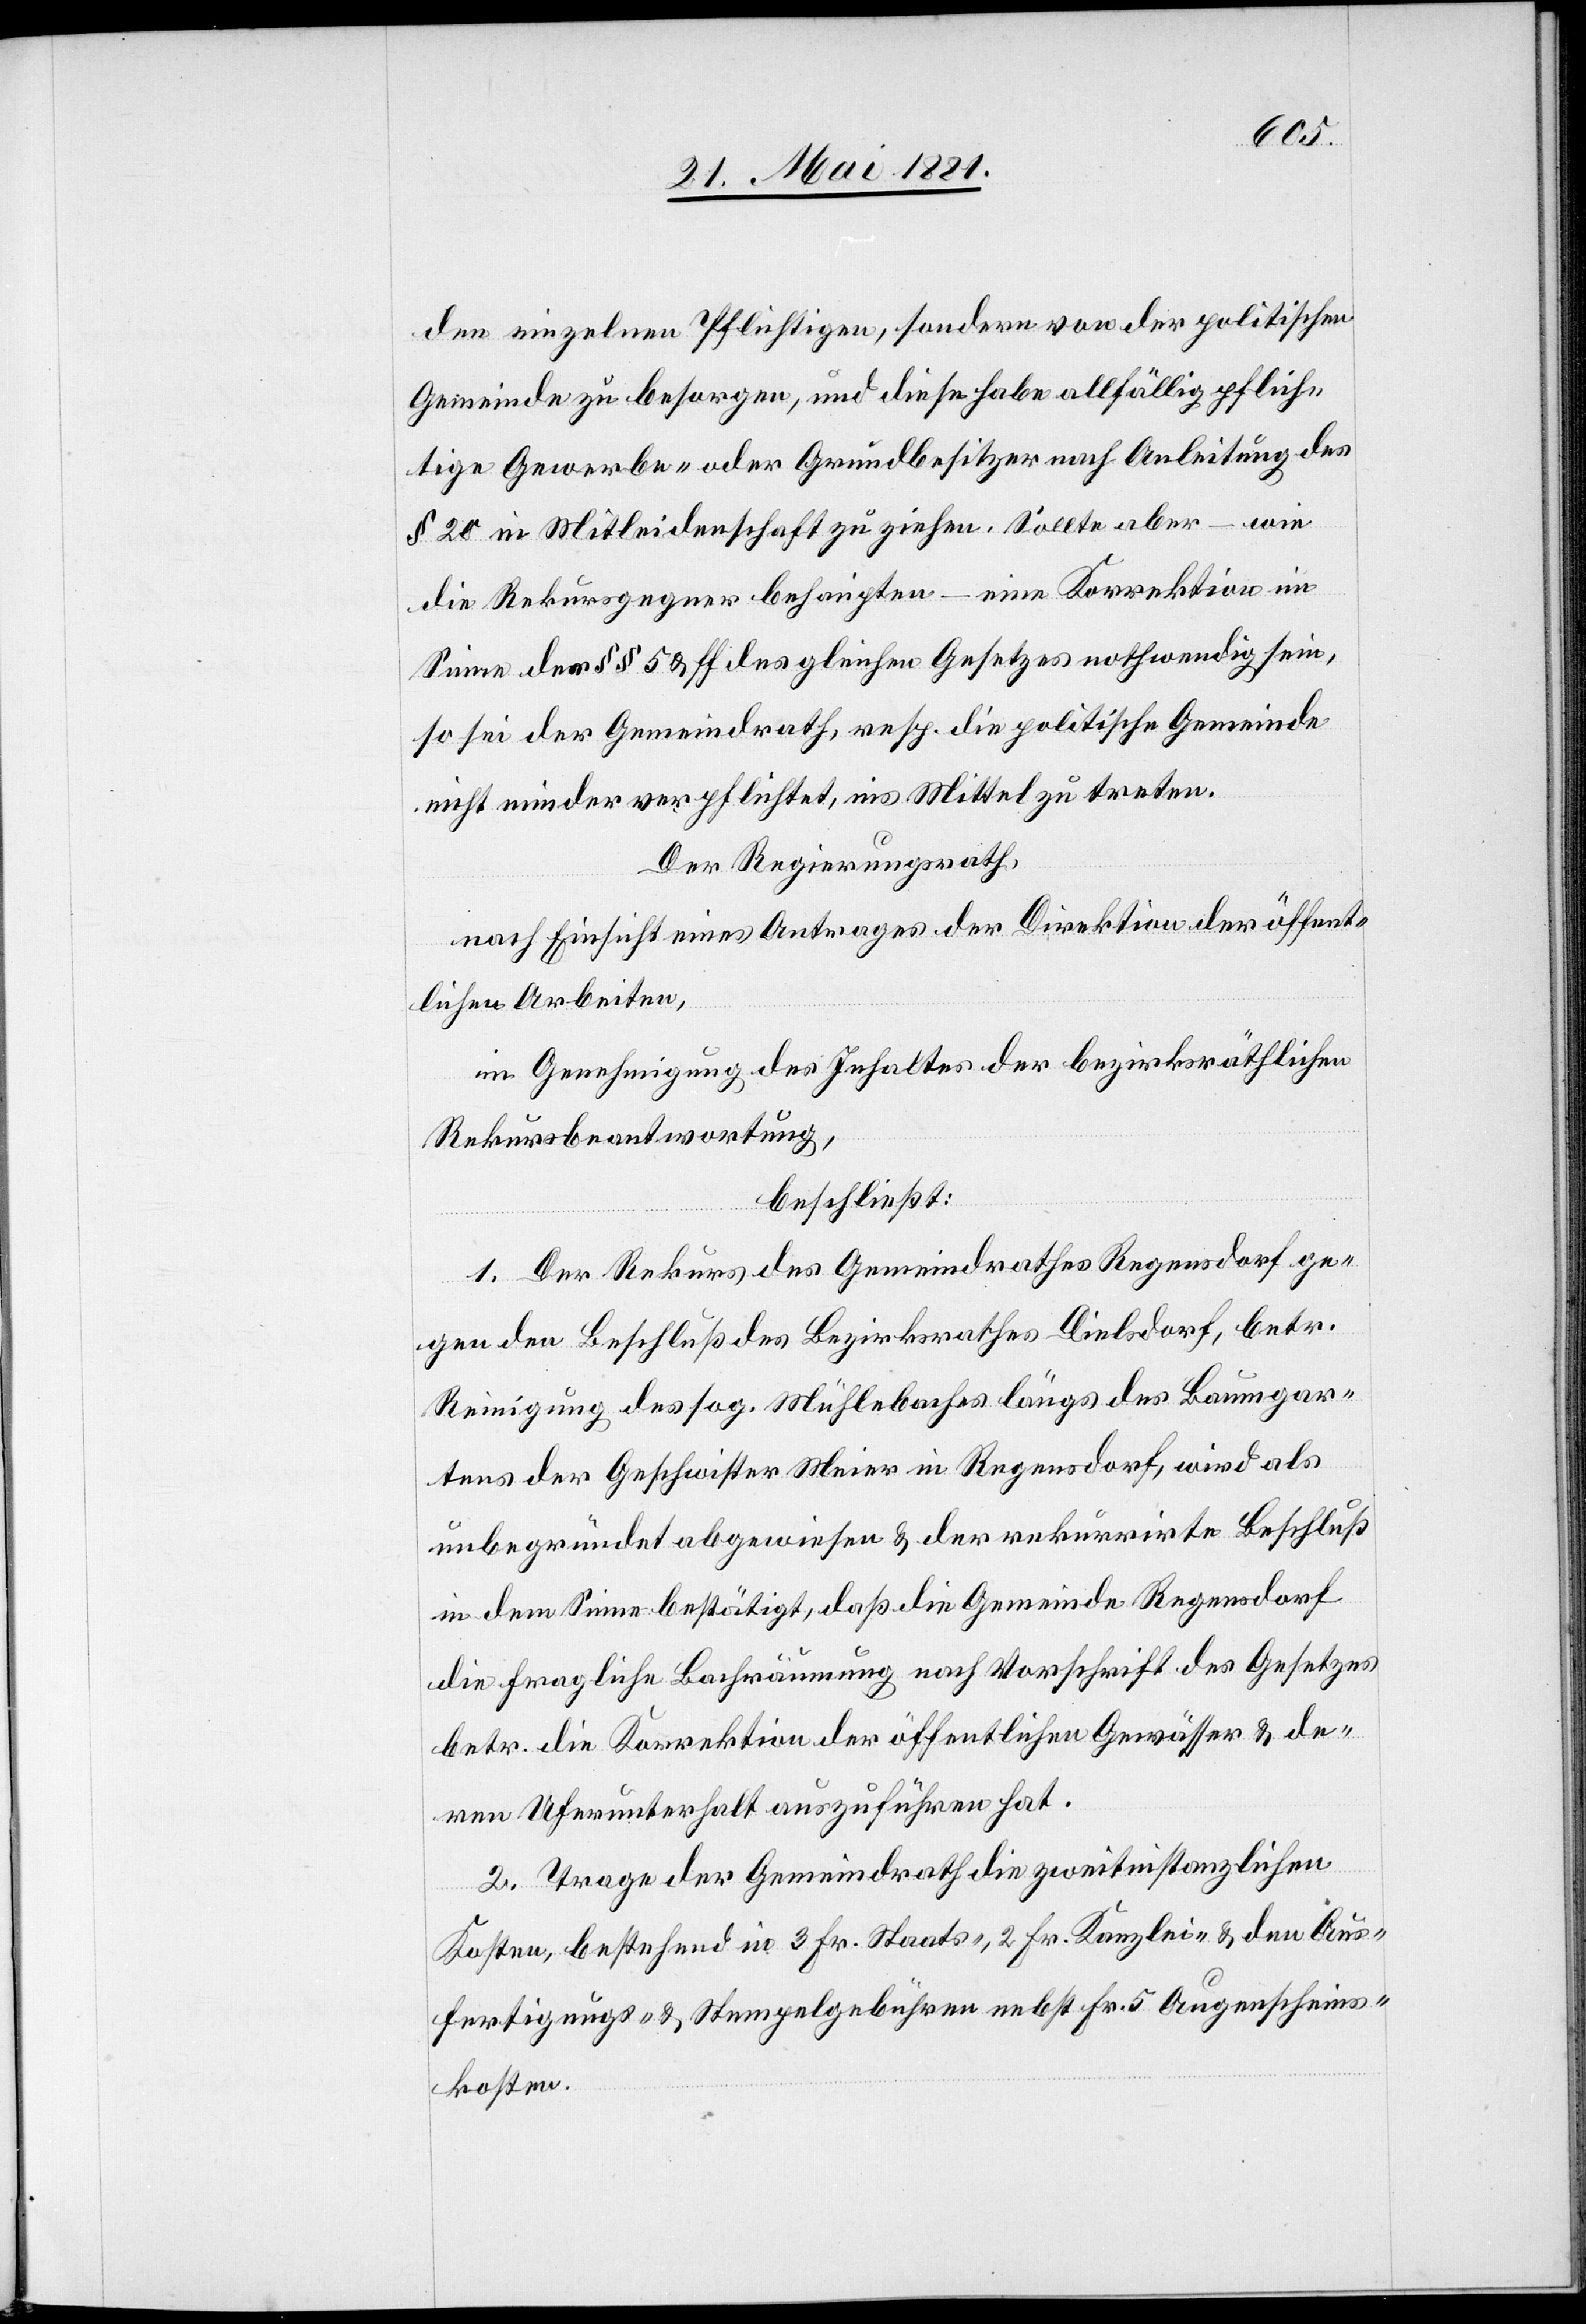
den einzelnen Pflichtigen, sondern von der politischen
Gemeinde zu besorgen, und diese habe allfällig pflich¬
tige Gewerbe oder Grundbesitzer nach Anleitung des
§ 20 in Mitleidenschaft zu ziehen. Sollte aber – wie
die Rekursgegner behaupten – eine Korrektion im
Sinne der §§ 5 & ff des gleichen Gesetzes nothwendig sein,
so sei der Gemeindrath, resp. die politische Gemeinde
nicht minder verpflichtet, ins Mittel zu treten.
Der Regierungsrath,
nach Einsicht eines Antrages der Direktion der öffent¬
lichen Arbeiten,
in Genehmigung des Inhaltes der bezirksräthlichen
Rekursbeantwortung,
beschließt:
1. Der Rekurs des Gemeindrathes Regensdorf ge¬
gen den Beschluß des Bezirksrathes Dielsdorf, betr.
Reinigung des sog. Mühlebaches längs des Baumgar¬
tens der Geschwister Meier in Regensdorf, wird als
unbegründet abgewiesen & der rekurrirte Beschluß
in dem Sinne bestätigt, daß die Gemeinde Regensdorf
die fragliche Bachräumung nach Vorschrift des Gesetzes
betr. die Korrektion der öffentlichen Gewässer & de¬
ren Uferunterhalt auszuführen hat.
2. Trage der Gemeindrath die zweitinstanzlichen
Kosten, bestehend in 3. Fr. Staats-, 2. Fr. Kanzlei- & den Aus¬
fertigungs- & Stempelgebühren nebst Fr. 5 Augenscheins¬
kosten.